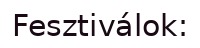
Fesztiválok: